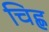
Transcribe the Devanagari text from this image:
चिह्ण